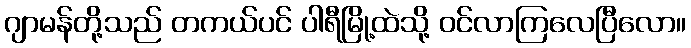
ဂျာမန်တို့သည် တကယ်ပင် ပါရီမြို့ထဲသို့ ဝင်လာကြလေပြီလော။